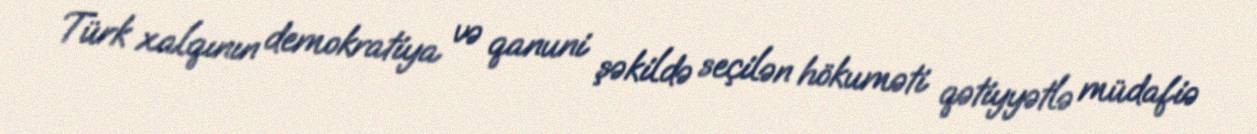
Türk xalqının demokratiya və qanuni şəkildə seçilən hökuməti qətiyyətlə müdafiə